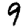
Digit: 9